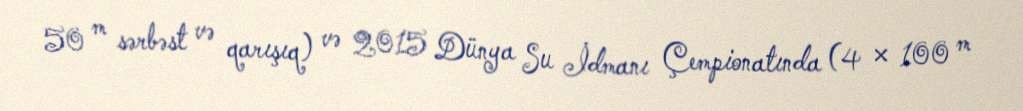
50 m sərbəst və qarışıq) və 2015 Dünya Su İdmanı Çempionatında (4 × 100 m